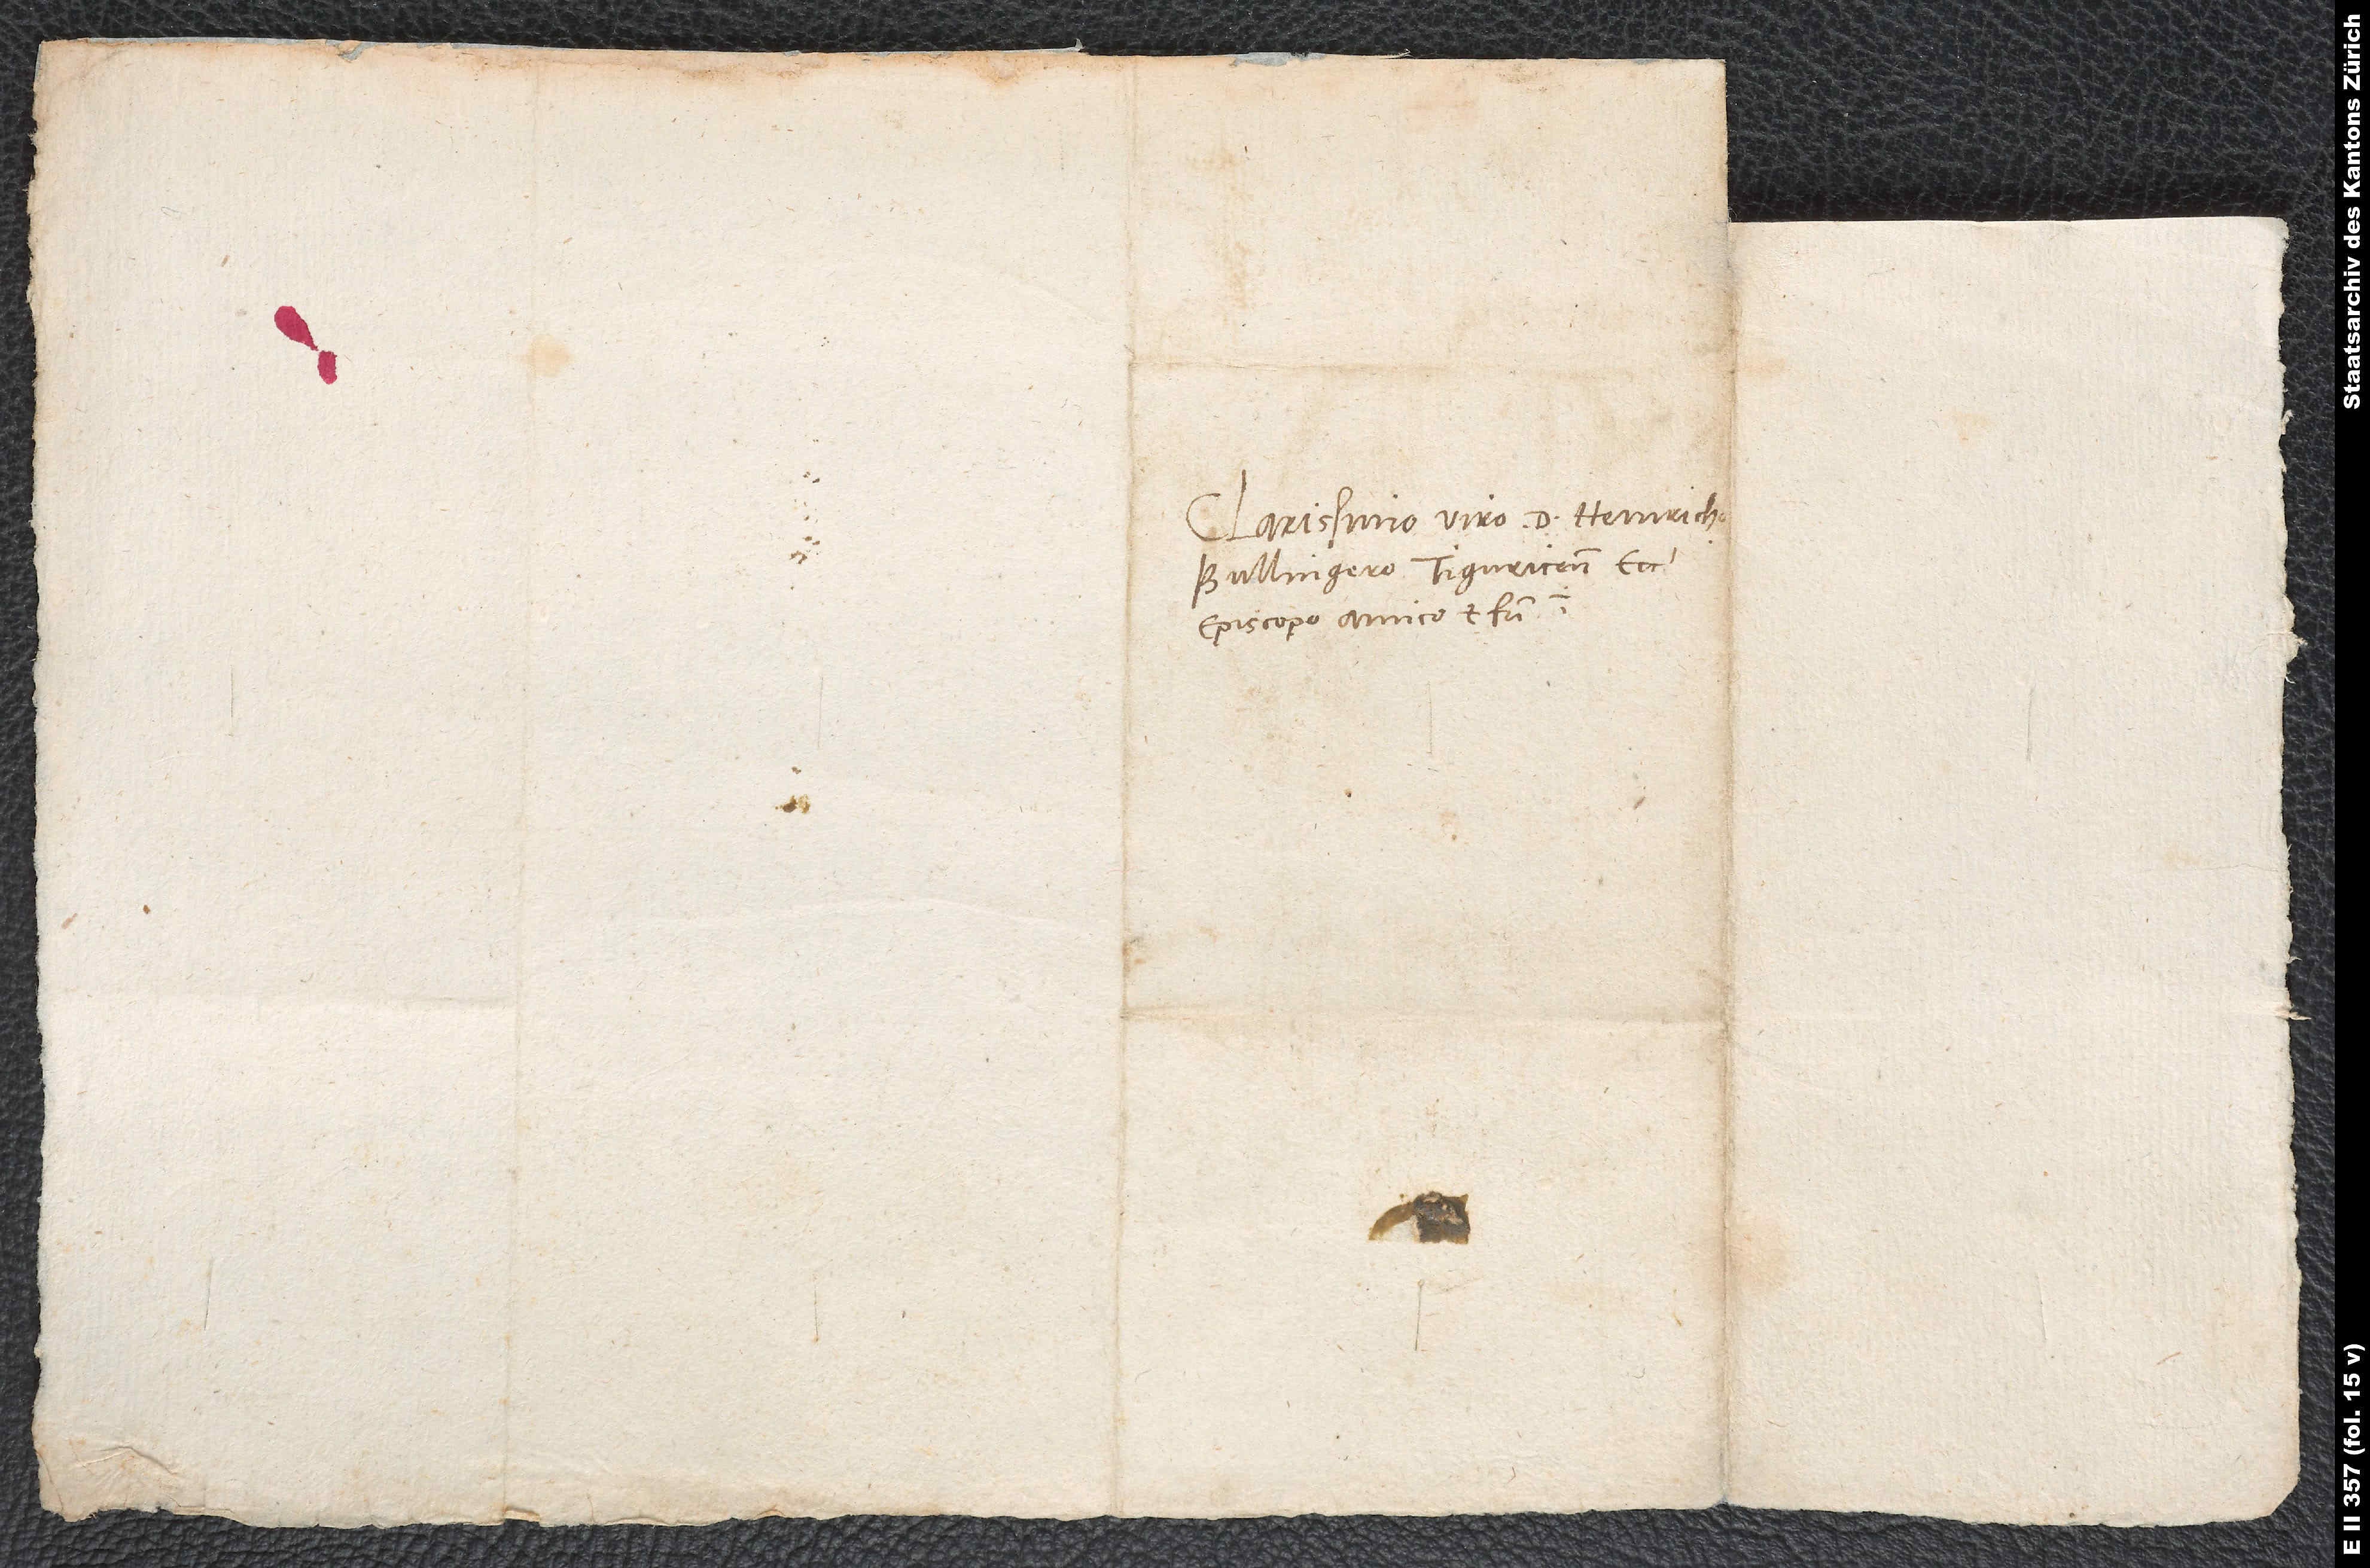
Clarissimo viro. Heinricho
Bullingero, Tiguricensis ecc.